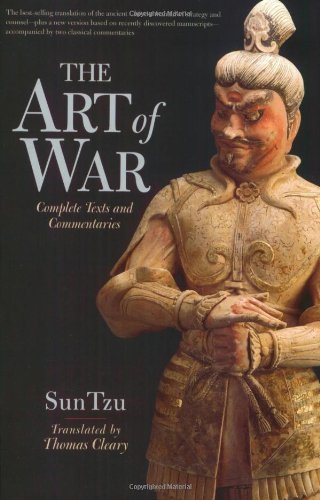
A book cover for The Art of War: Complete Text and Commentaries; Thomas Cleary; History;